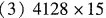
(3)4128×15